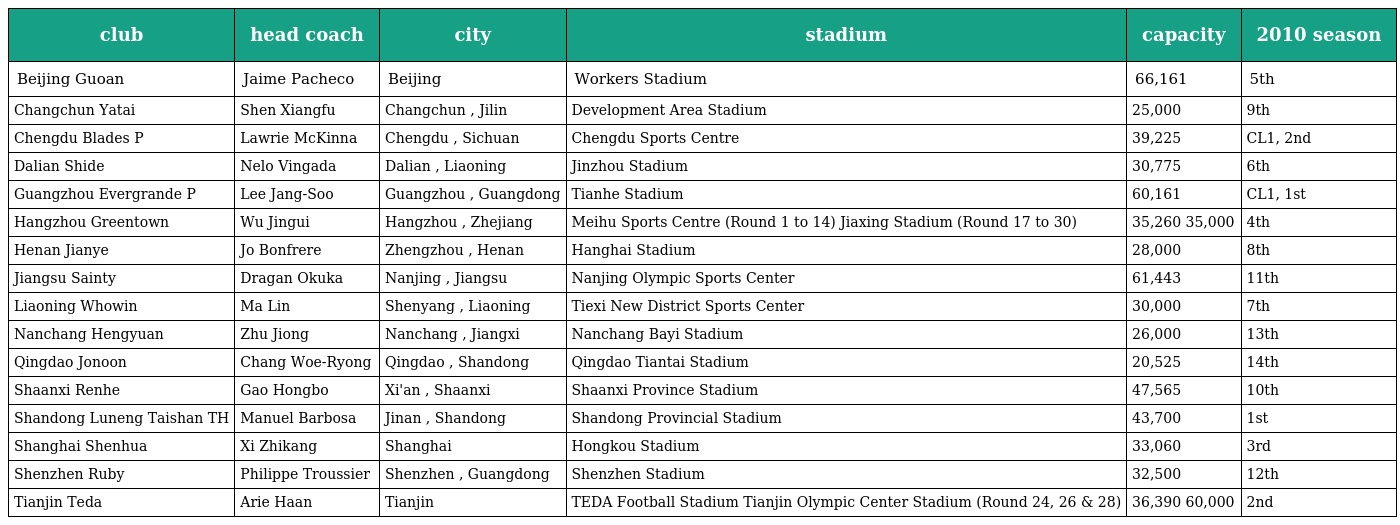
| club | head coach | city | stadium | capacity | 2010 season |
 | --- | --- | --- | --- | --- | --- |
 | Beijing Guoan | Jaime Pacheco | Beijing | Workers Stadium | 66,161 | 5th |
 | Changchun Yatai | Shen Xiangfu | Changchun , Jilin | Development Area Stadium | 25,000 | 9th |
 | Chengdu Blades P | Lawrie McKinna | Chengdu , Sichuan | Chengdu Sports Centre | 39,225 | CL1, 2nd |
 | Dalian Shide | Nelo Vingada | Dalian , Liaoning | Jinzhou Stadium | 30,775 | 6th |
 | Guangzhou Evergrande P | Lee Jang-Soo | Guangzhou , Guangdong | Tianhe Stadium | 60,161 | CL1, 1st |
 | Hangzhou Greentown | Wu Jingui | Hangzhou , Zhejiang | Meihu Sports Centre (Round 1 to 14) Jiaxing Stadium (Round 17 to 30) | 35,260 35,000 | 4th |
 | Henan Jianye | Jo Bonfrere | Zhengzhou , Henan | Hanghai Stadium | 28,000 | 8th |
 | Jiangsu Sainty | Dragan Okuka | Nanjing , Jiangsu | Nanjing Olympic Sports Center | 61,443 | 11th |
 | Liaoning Whowin | Ma Lin | Shenyang , Liaoning | Tiexi New District Sports Center | 30,000 | 7th |
 | Nanchang Hengyuan | Zhu Jiong | Nanchang , Jiangxi | Nanchang Bayi Stadium | 26,000 | 13th |
 | Qingdao Jonoon | Chang Woe-Ryong | Qingdao , Shandong | Qingdao Tiantai Stadium | 20,525 | 14th |
 | Shaanxi Renhe | Gao Hongbo | Xi'an , Shaanxi | Shaanxi Province Stadium | 47,565 | 10th |
 | Shandong Luneng Taishan TH | Manuel Barbosa | Jinan , Shandong | Shandong Provincial Stadium | 43,700 | 1st |
 | Shanghai Shenhua | Xi Zhikang | Shanghai | Hongkou Stadium | 33,060 | 3rd |
 | Shenzhen Ruby | Philippe Troussier | Shenzhen , Guangdong | Shenzhen Stadium | 32,500 | 12th |
 | Tianjin Teda | Arie Haan | Tianjin | TEDA Football Stadium Tianjin Olympic Center Stadium (Round 24, 26 & 28) | 36,390 60,000 | 2nd |